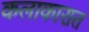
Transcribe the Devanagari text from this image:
कलाकारात